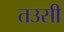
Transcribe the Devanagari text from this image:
तउसी